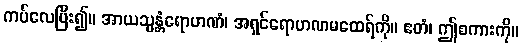
ကပ်လေပြီး၍။ အာယသ္မန္တံရောဟဏံ၊ အရှင်ရောဟဏမထေရ်ကို။ ဧတံ၊ ဤစကားကို။